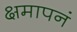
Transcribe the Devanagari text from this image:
क्षमापनं